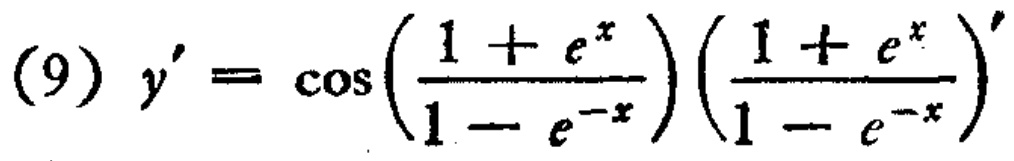
\((9) \ y' = \cos\left(\frac{1 + e^{x}}{1 - e^{-x}}\right)\left(\frac{1 + e^{x}}{1 - e^{-x}}\right)'\)